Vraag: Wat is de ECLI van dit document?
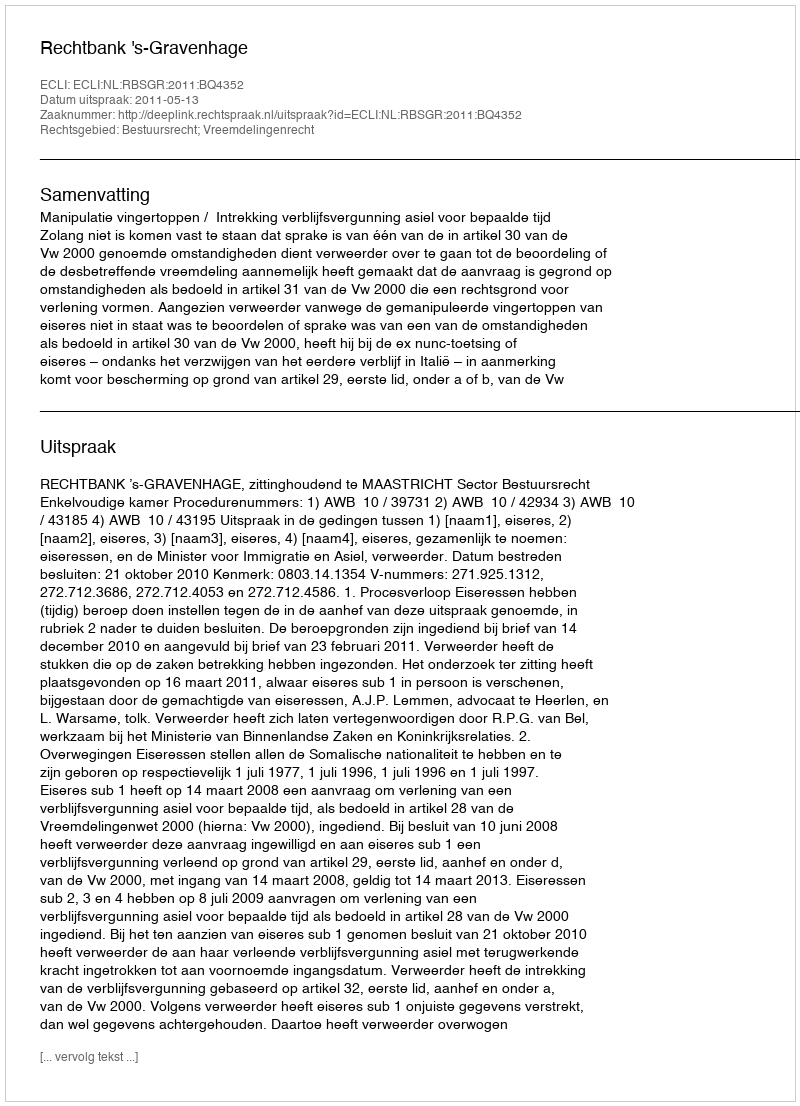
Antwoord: ECLI:NL:RBSGR:2011:BQ4352